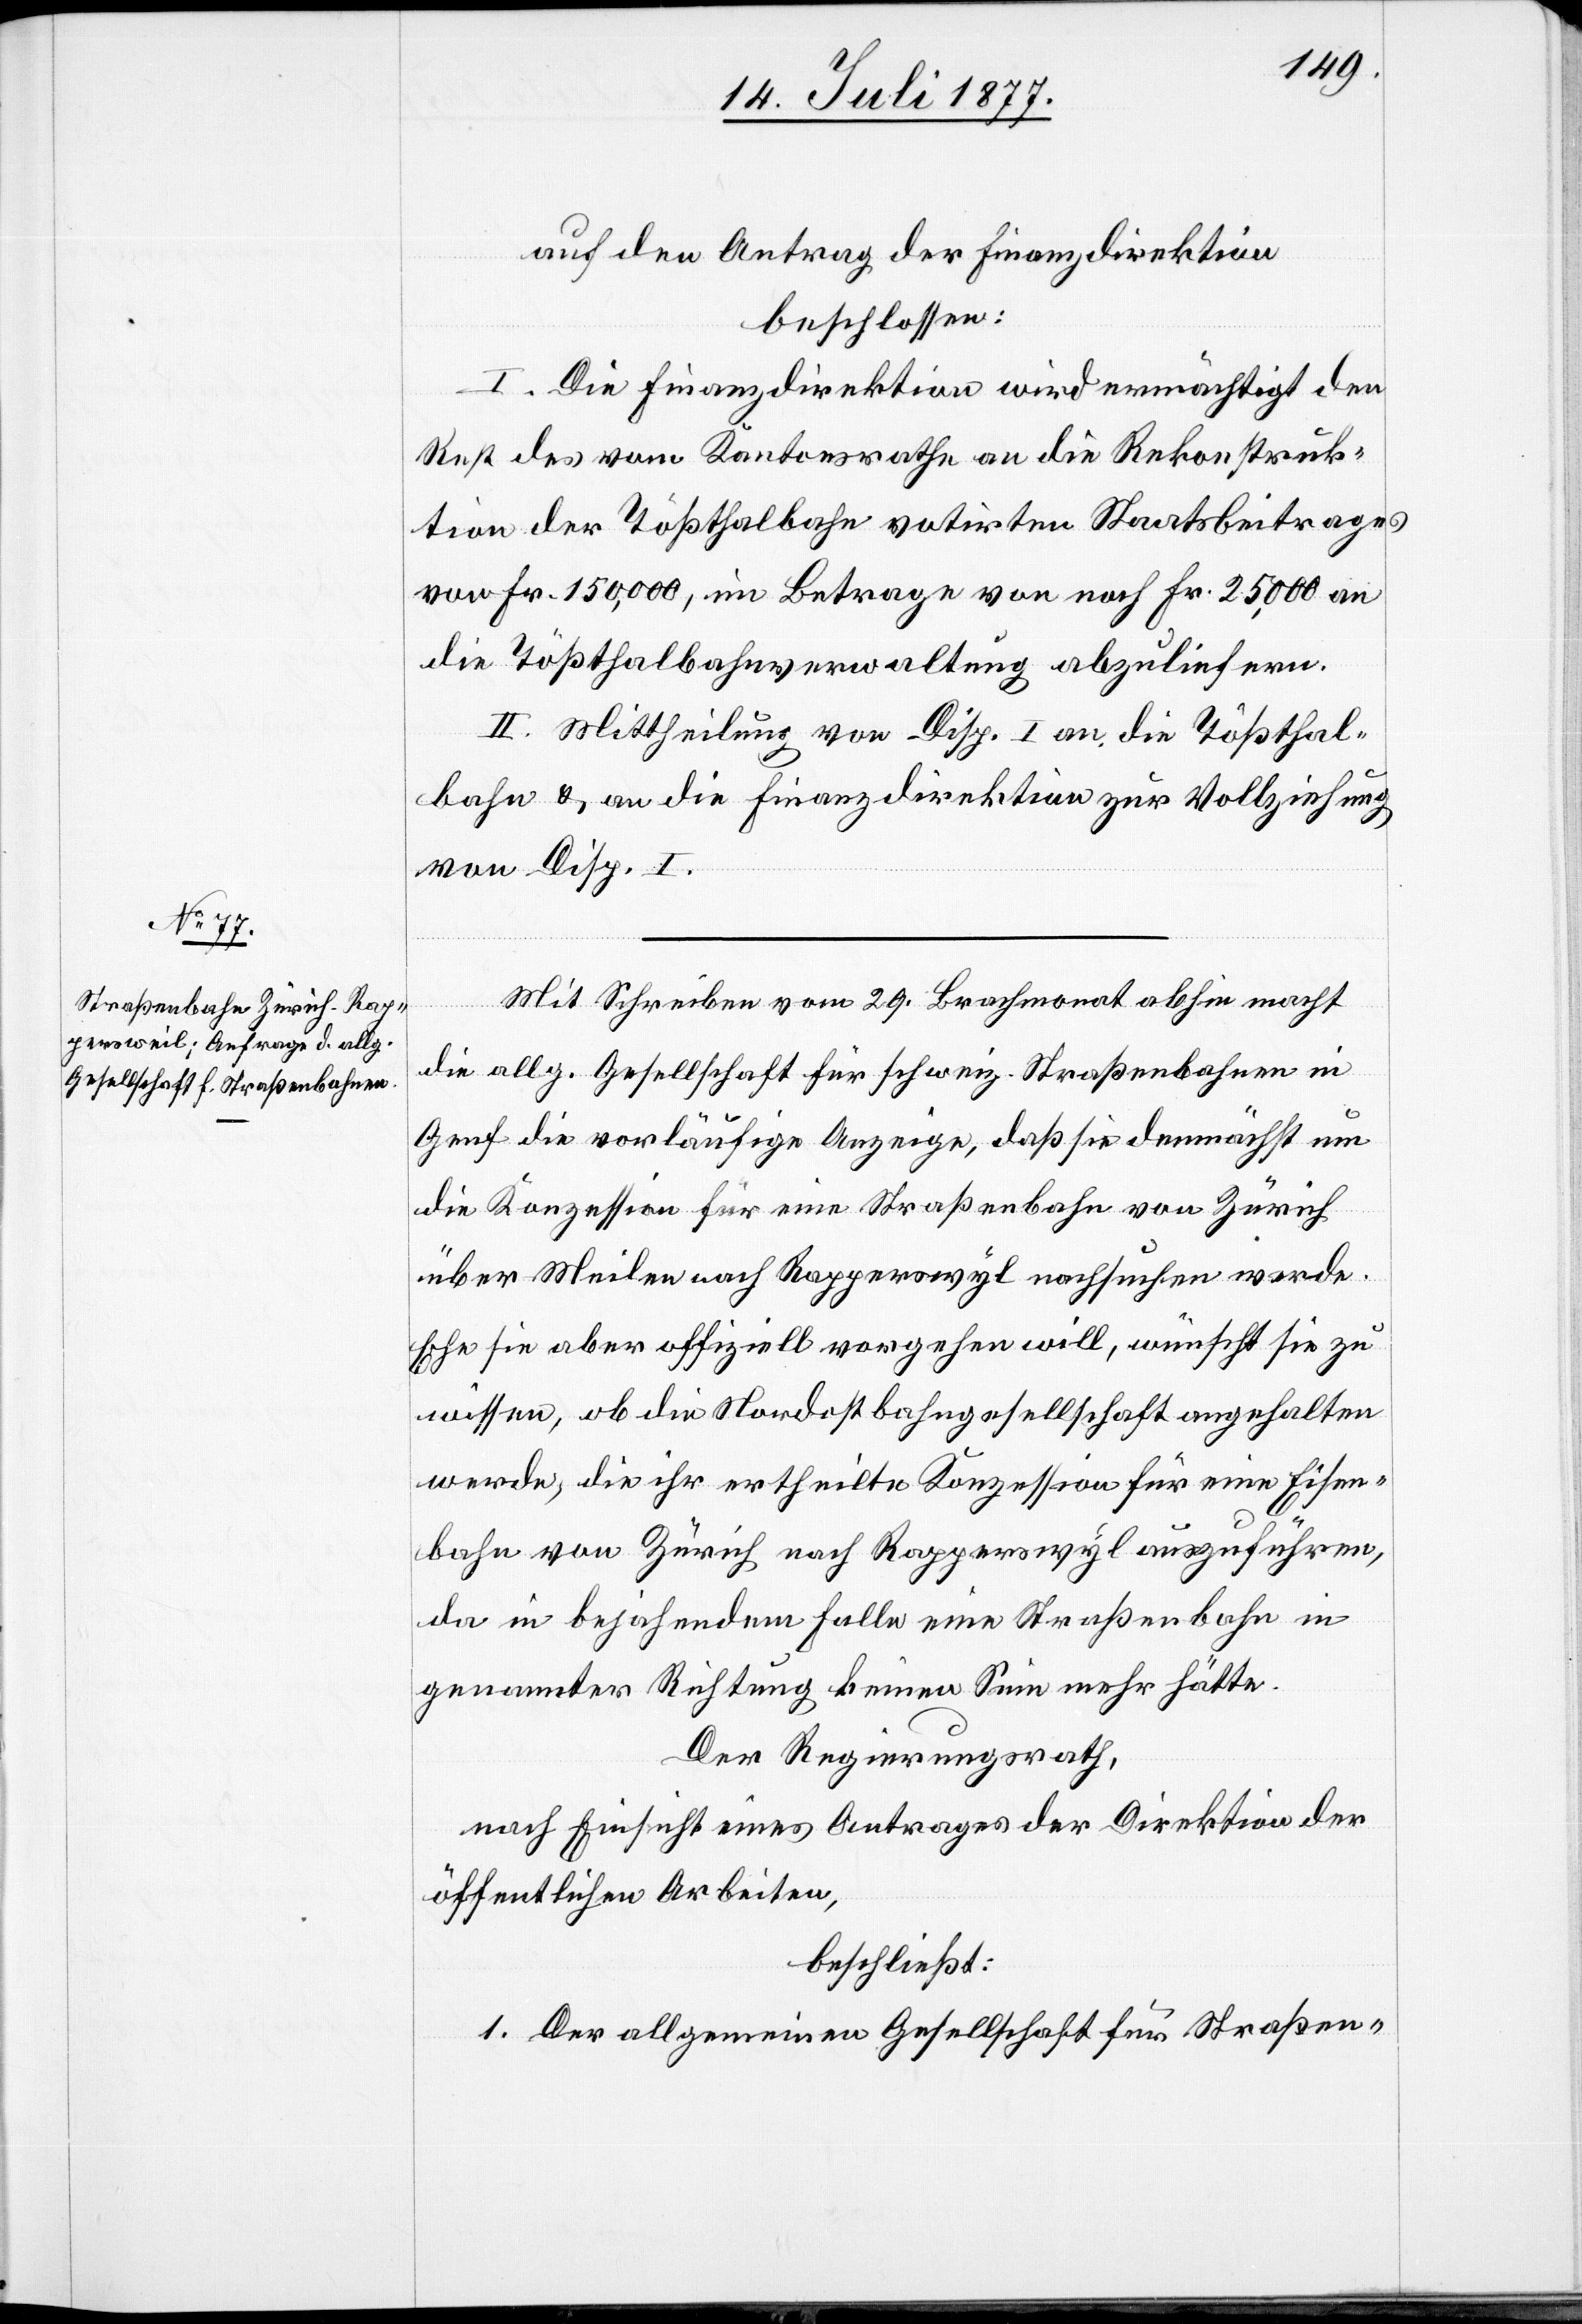
auf den Antrag der Finanzdirektion
beschlossen:
I. Die Finanzdirektion wird ermächtigt den
Rest des vom Kantonsrathe an die Rekonstruk¬
tion der Tößthalbahn votirten Staatsbeitrages
von Fr. 150,000, im Betrage von noch Fr. 25,000 an
die Tößthalbahnverwaltung abzuliefern.
II. Mittheilung von Disp. I an die Tößthal¬
bahn & an die Finanzdirektion zur Vollziehung
von Disp. I.
Mit Schreiben vom 29. Brachmonat abhin macht
die allg. Gesellschaft für schweiz. Straßenbahnen in
Genf die vorläufige Anzeige, daß sie demnächst um
die Konzession für eine Straßenbahn von Zürich
über Meilen nach Rapperswyl nachsuchen werde.
Ehe sie aber offiziell vorgehen will, wünscht sie zu
wissen, ob die Nordostbahngesellschaft angehalten
werde, die ihr ertheilte Konzession für eine Eisen¬
bahn von Zürich nach Rapperswyl auszuführen,
da in bejahendem Falle eine Straßenbahn in
genannter Richtung keinen Sinn mehr hätte.
Der Regierungsrath,
nach Einsicht eines Antrages der Direktion der
öffentlichen Arbeiten,
beschließt:
1. Der allgemeinen Gesellschaft für Straßen-